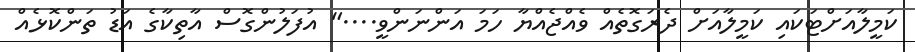
ކަމީލާއަށްޓަކައި ކަމީލާއަށް ދެރަގޮތެއް ވެއްޖެއްޔާ ހަމަ އަންނަންވީ...." އުފަލުންގޮސް އާތިކާގެ އަޑު ތަންކޮޅެއް